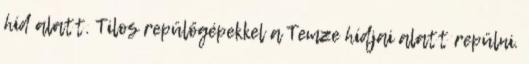
híd alatt. Tilos repülőgépekkel a Temze hídjai alatt repülni.